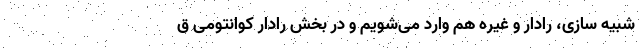
شبیه سازی، رادار و غیره هم وارد می‌شویم و در بخش رادار کوانتومی ق